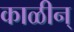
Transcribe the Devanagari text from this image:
काळीन्